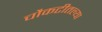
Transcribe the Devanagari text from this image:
चौकटीतल्या